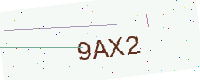
Text: 9AX2